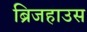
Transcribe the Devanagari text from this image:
ब्रिजहाउस